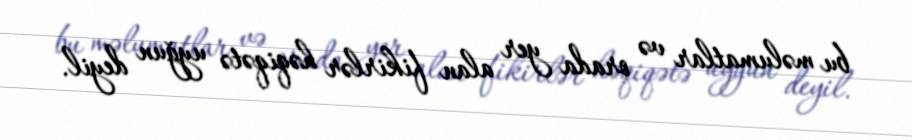
bu məlumatlar və orada yer alan fikirlər həqiqətə uyğun deyil.